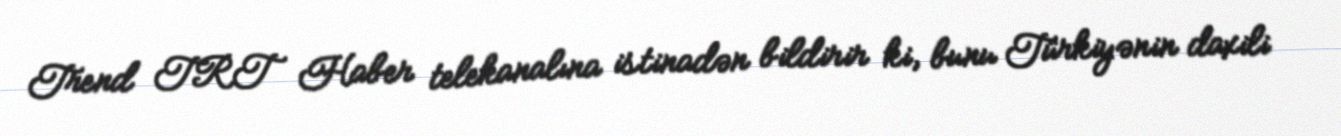
Trend TRT Haber telekanalına istinadən bildirir ki, bunu Türkiyənin daxili